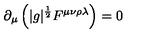
\partial _ { \mu } \left( | g | ^ { \frac { 1 } { 2 } } F ^ { \mu \nu \rho \lambda } \right) = 0